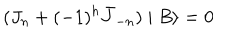
( J _ { n } + ( - 1 ) ^ { h } \bar { J } _ { - n } ) \mid B \rangle = 0